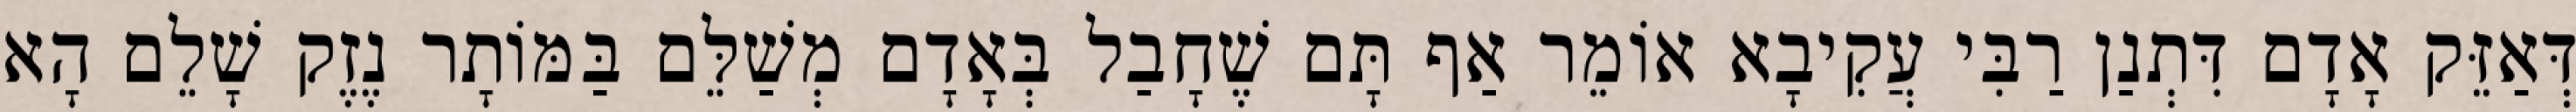
דְּאַזֵּק אָדָם דִּתְנַן רַבִּי עֲקִיבָא אוֹמֵר אַף תָּם שֶׁחָבַל בְּאָדָם מְשַׁלֵּם בַּמּוֹתָר נֶזֶק שָׁלֵם הָא